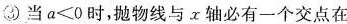
③当a<0时，抛物线与x轴必有一个交点在